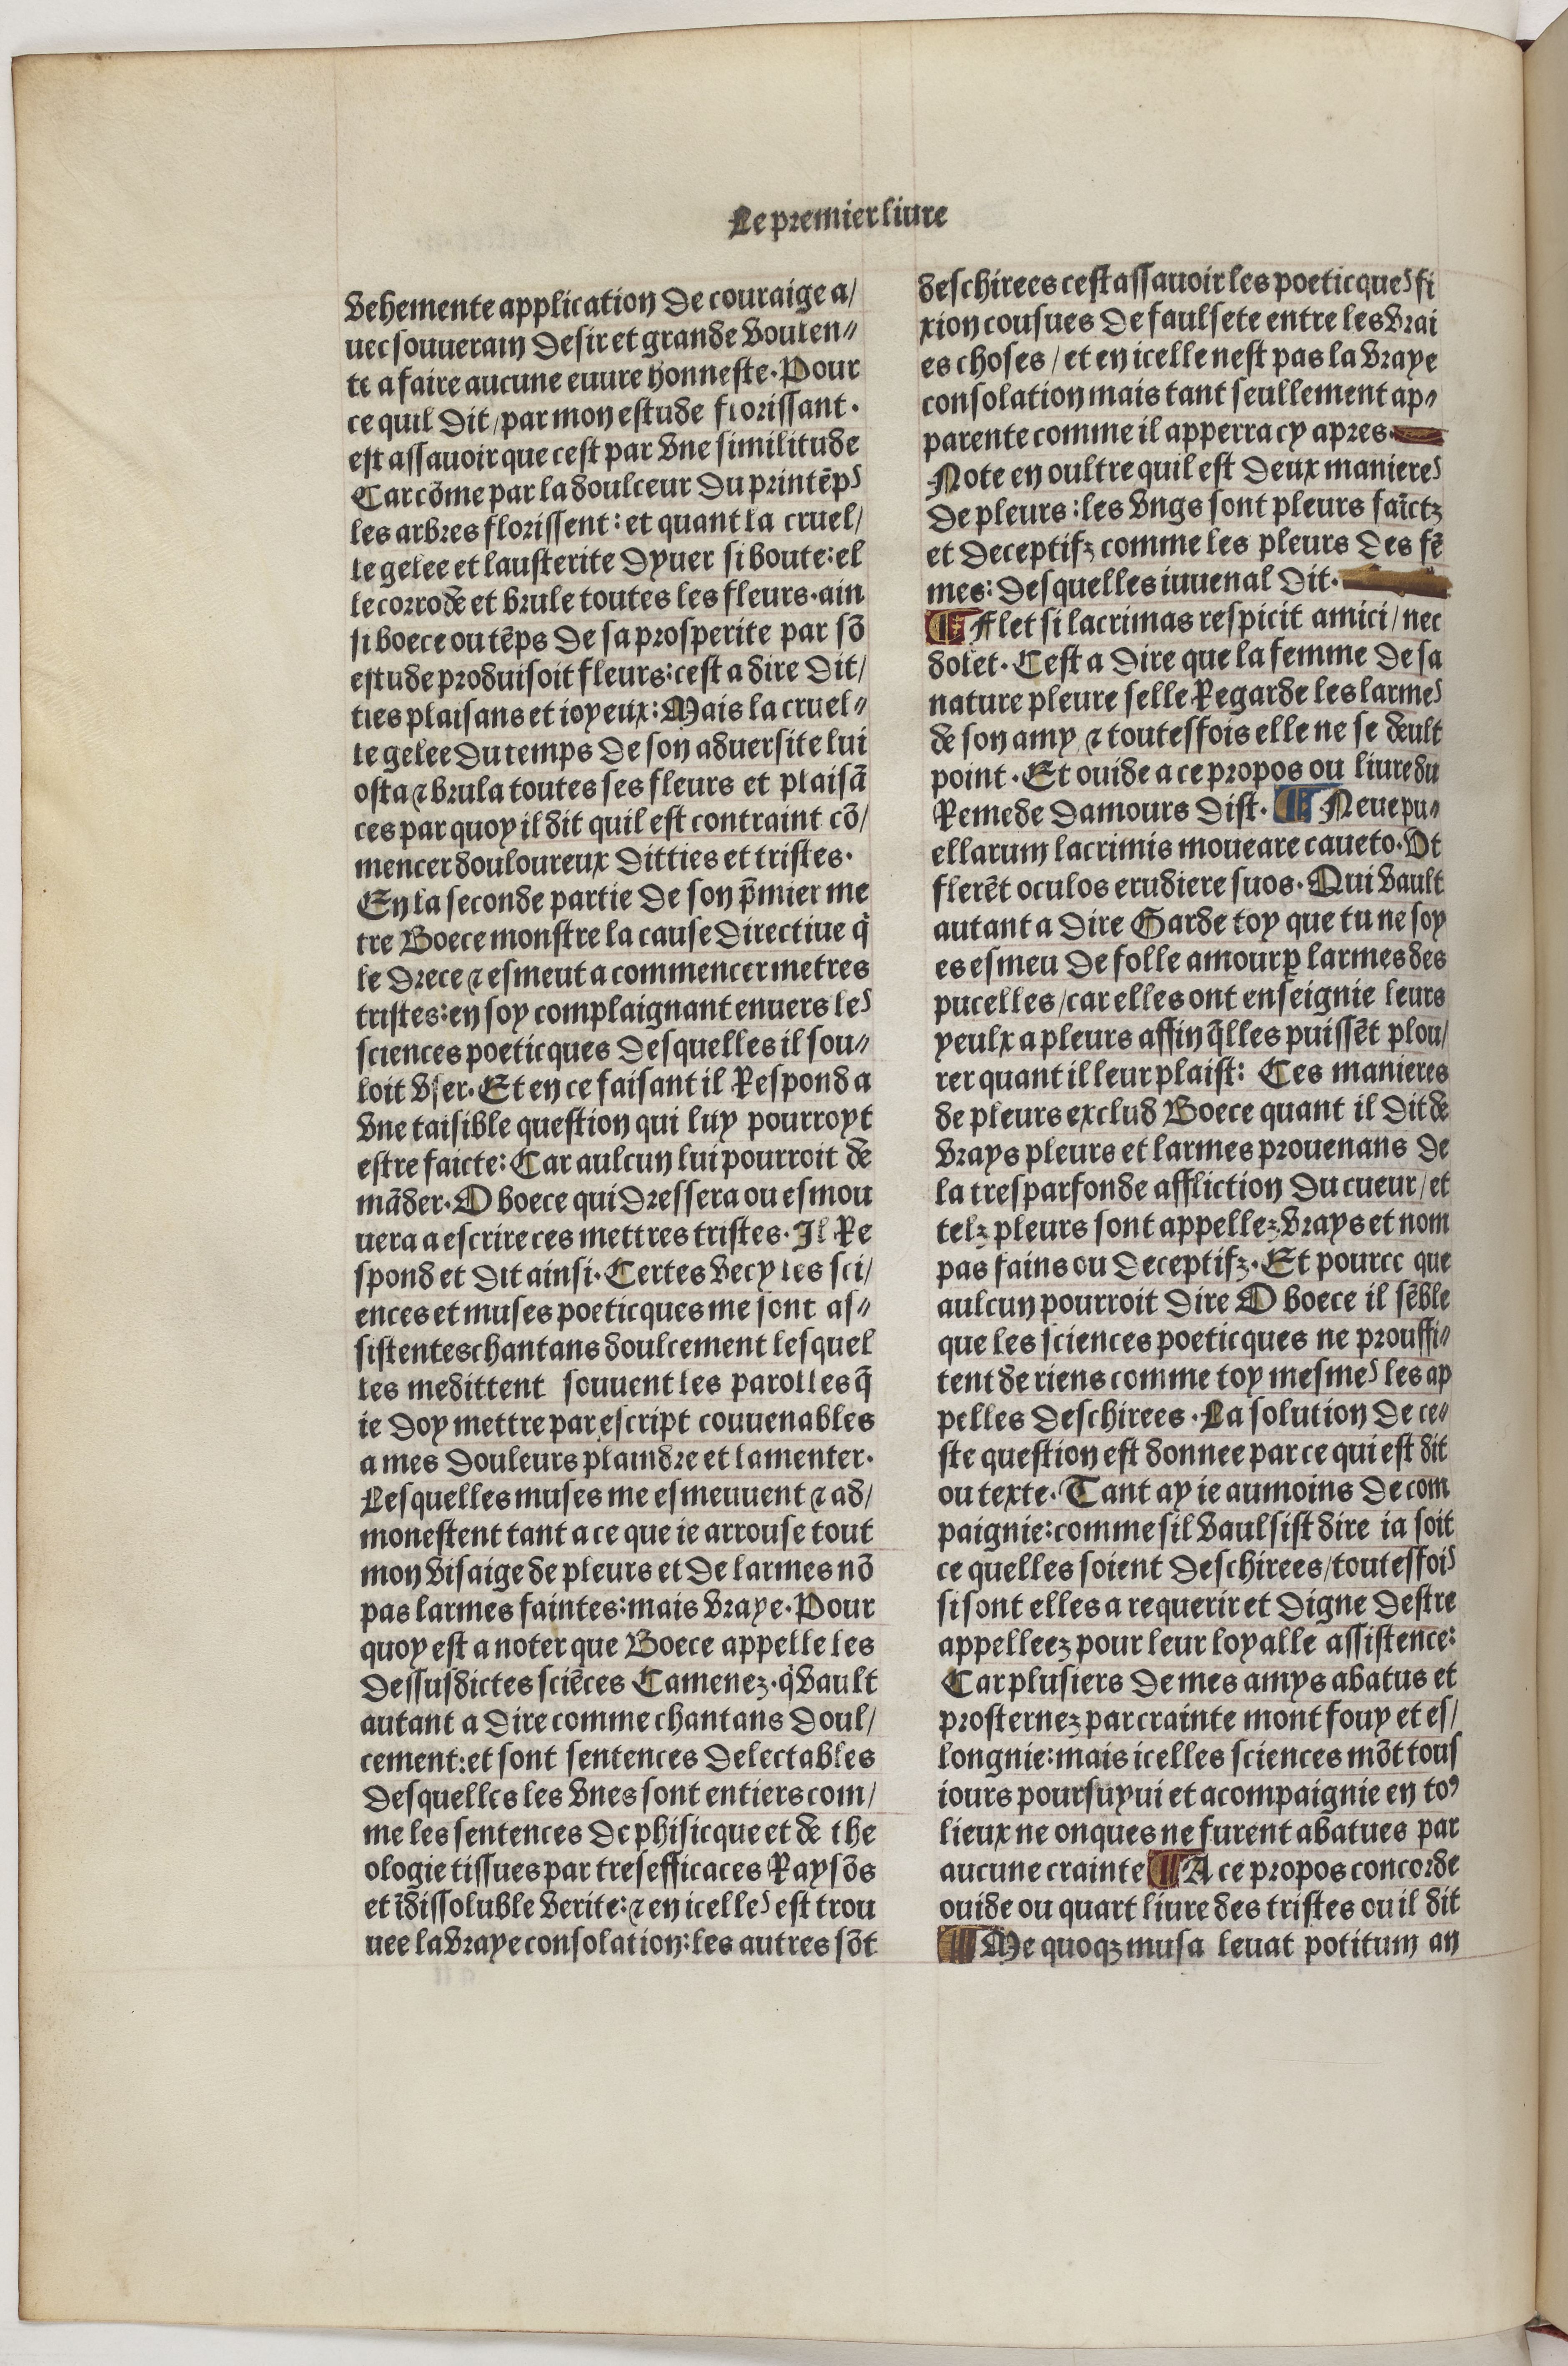
Shelfmark: Paris, BnF, Velins 488
Century: 15